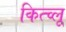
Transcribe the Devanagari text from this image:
कित्च्लू